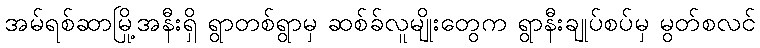
အမ်ရစ်ဆာမြို့အနီးရှိ ရွာတစ်ရွာမှ ဆစ်ခ်လူမျိုးတွေက ရွာနီးချုပ်စပ်မှ မွတ်စလင်